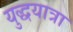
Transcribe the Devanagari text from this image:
युद्धयात्रा